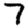
Digit: 7